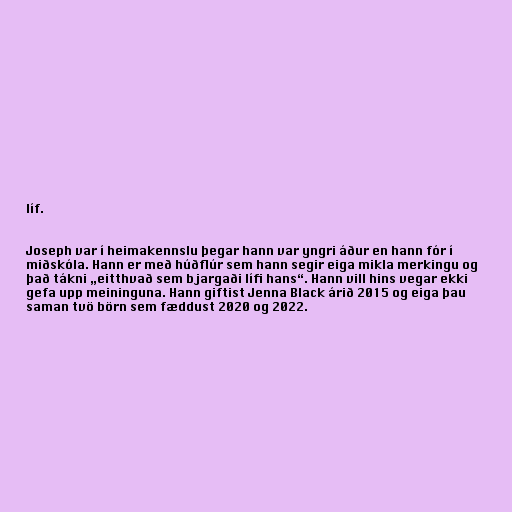
líf.

Joseph var í heimakennslu þegar hann var yngri áður en hann fór í
miðskóla. Hann er með húðflúr sem hann segir eiga mikla merkingu og
það tákni „eitthvað sem bjargaði lífi hans“. Hann vill hins vegar ekki
gefa upp meininguna. Hann giftist Jenna Black árið 2015 og eiga þau
saman tvö börn sem fæddust 2020 og 2022.